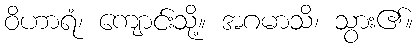
ဝိဟာရံ၊ ကျောင်းသို့။ အဂမာသိ၊ သွား၏။